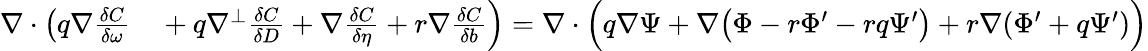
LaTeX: \begin{array}{rl}{\nabla\cdot\left(q\nabla\frac{\delta C}{\delta\omega}\right.}&{{}+\left.q\nabla^{\perp}\frac{\delta C}{\delta D}+\nabla\frac{\delta C}{\delta\eta}+r\nabla\frac{\delta C}{\delta b}\right)=\nabla\cdot\Big(q\nabla\Psi+\nabla\big(\Phi-r\Phi^{\prime}-rq\Psi^{\prime}\big)+r\nabla(\Phi^{\prime}+q\Psi^{\prime})\Big)}\end{array}